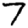
Digit: 7